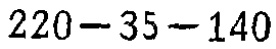
$220 - 35 - 140$